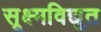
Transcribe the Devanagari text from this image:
सूक्ष्मविद्युत